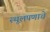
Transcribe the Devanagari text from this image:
स्थूलपणाचे